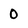
Character: 0